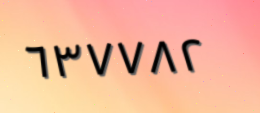
٦٣٧٧٨٢